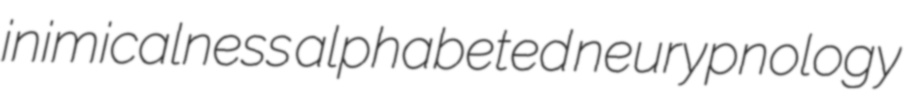
inimicalness alphabeted neurypnology